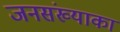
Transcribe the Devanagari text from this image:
जनसंख्याका